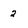
Character: 2